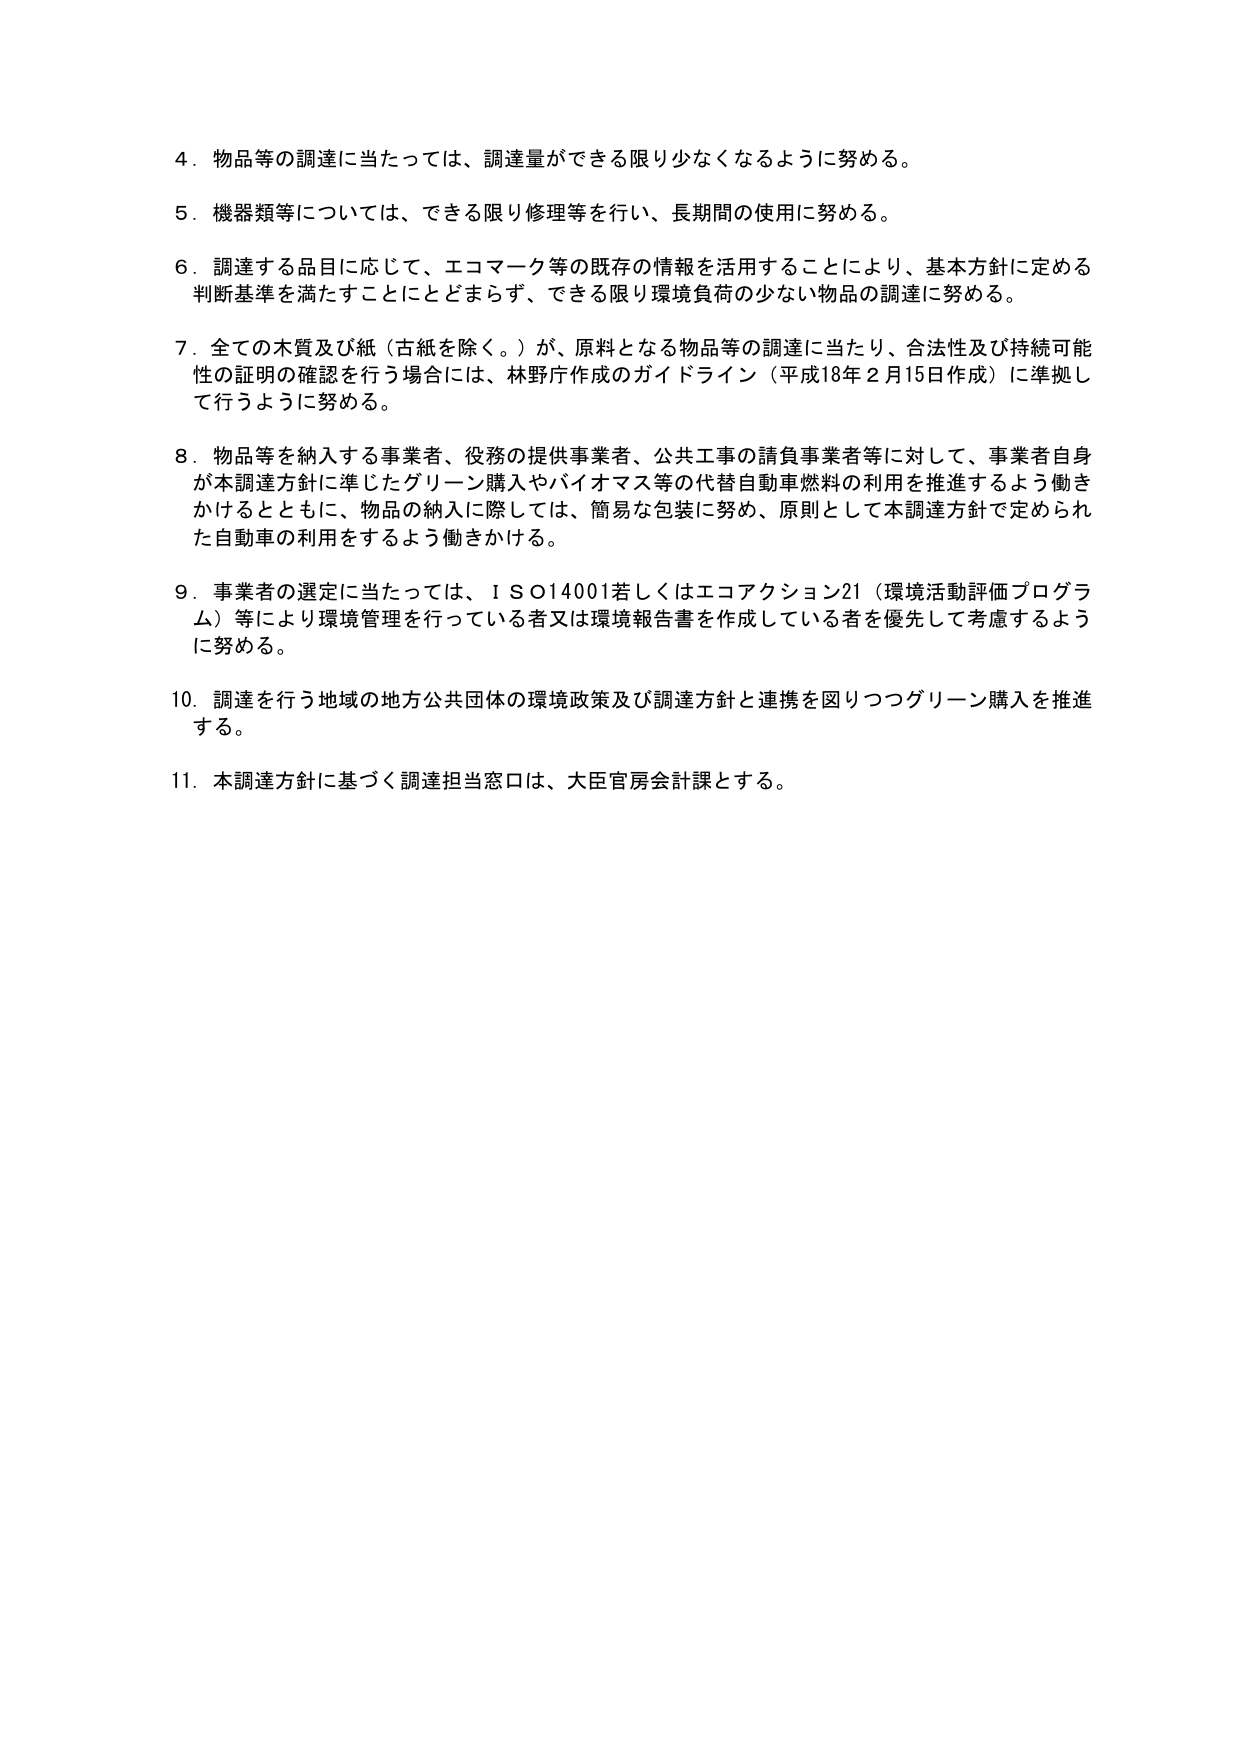
4．物品等の調達が当たっては、調達量ができる限り少なくなるように努める。

5．機器類等については、できる限り修理等を行い、長期間の使用に努める。

6．調達する品目に応じて、エコマーク等の既存の情報を活用することにより、基本方針に定める判断基準を満たすこととどまらず、できる限り環境負荷の少ない物品の調達に努める。

7．全ての木質及び紙（古紙を除く。）が、原料となる物品等の調達に当たり、合法性及び持続可能性の証明の確認を行う場合には、林野庁作成のガイドライン（平成18年2月15日作成）に準拠して行うように努める。

8．物品等を納入する事業者、役務の提供事業者、公共工事の請負事業者等に対して、事業者自身が本調達方針に準じたグリーン購入やバイオマス等の代替自動車燃料の利用を推進するよう働きかけるとともに、物品の納入に際しては、簡易な包装に努め、原則として本調達方針で定められた自動車の利用をするよう働きかける。

9．事業者の選定に当たっては、ＩＳＯ14001若しくはエコアクション21（環境活動評価プログラム）等により環境管理を行っている者又は環境報告書を作成している者を優先して考慮するように努める。

10．調達を行う地域の地方公共団体の環境政策及び調達方針と連携を図りつつグリーン購入を推進する。

11．本調達方針に基づく調達担当窓口は、大臣官房会計課とする。